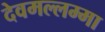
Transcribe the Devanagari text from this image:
देवमल्लम्मा